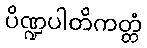
ပိဏ္ဍပါတိကတ္တံ